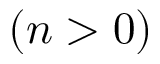
( n > 0 )